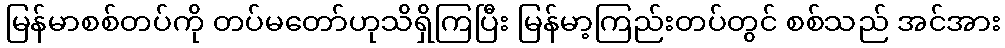
မြန်မာစစ်တပ်ကို တပ်မတော်ဟုသိရှိကြပြီး မြန်မာ့ကြည်းတပ်တွင် စစ်သည် အင်အား